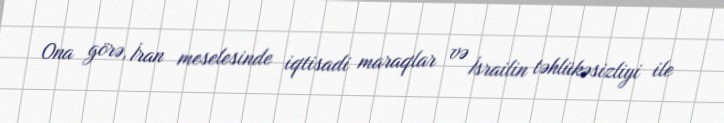
Ona görə, İran meselesinde iqtisadi maraqlar və İsrailin təhlükəsizliyi ile